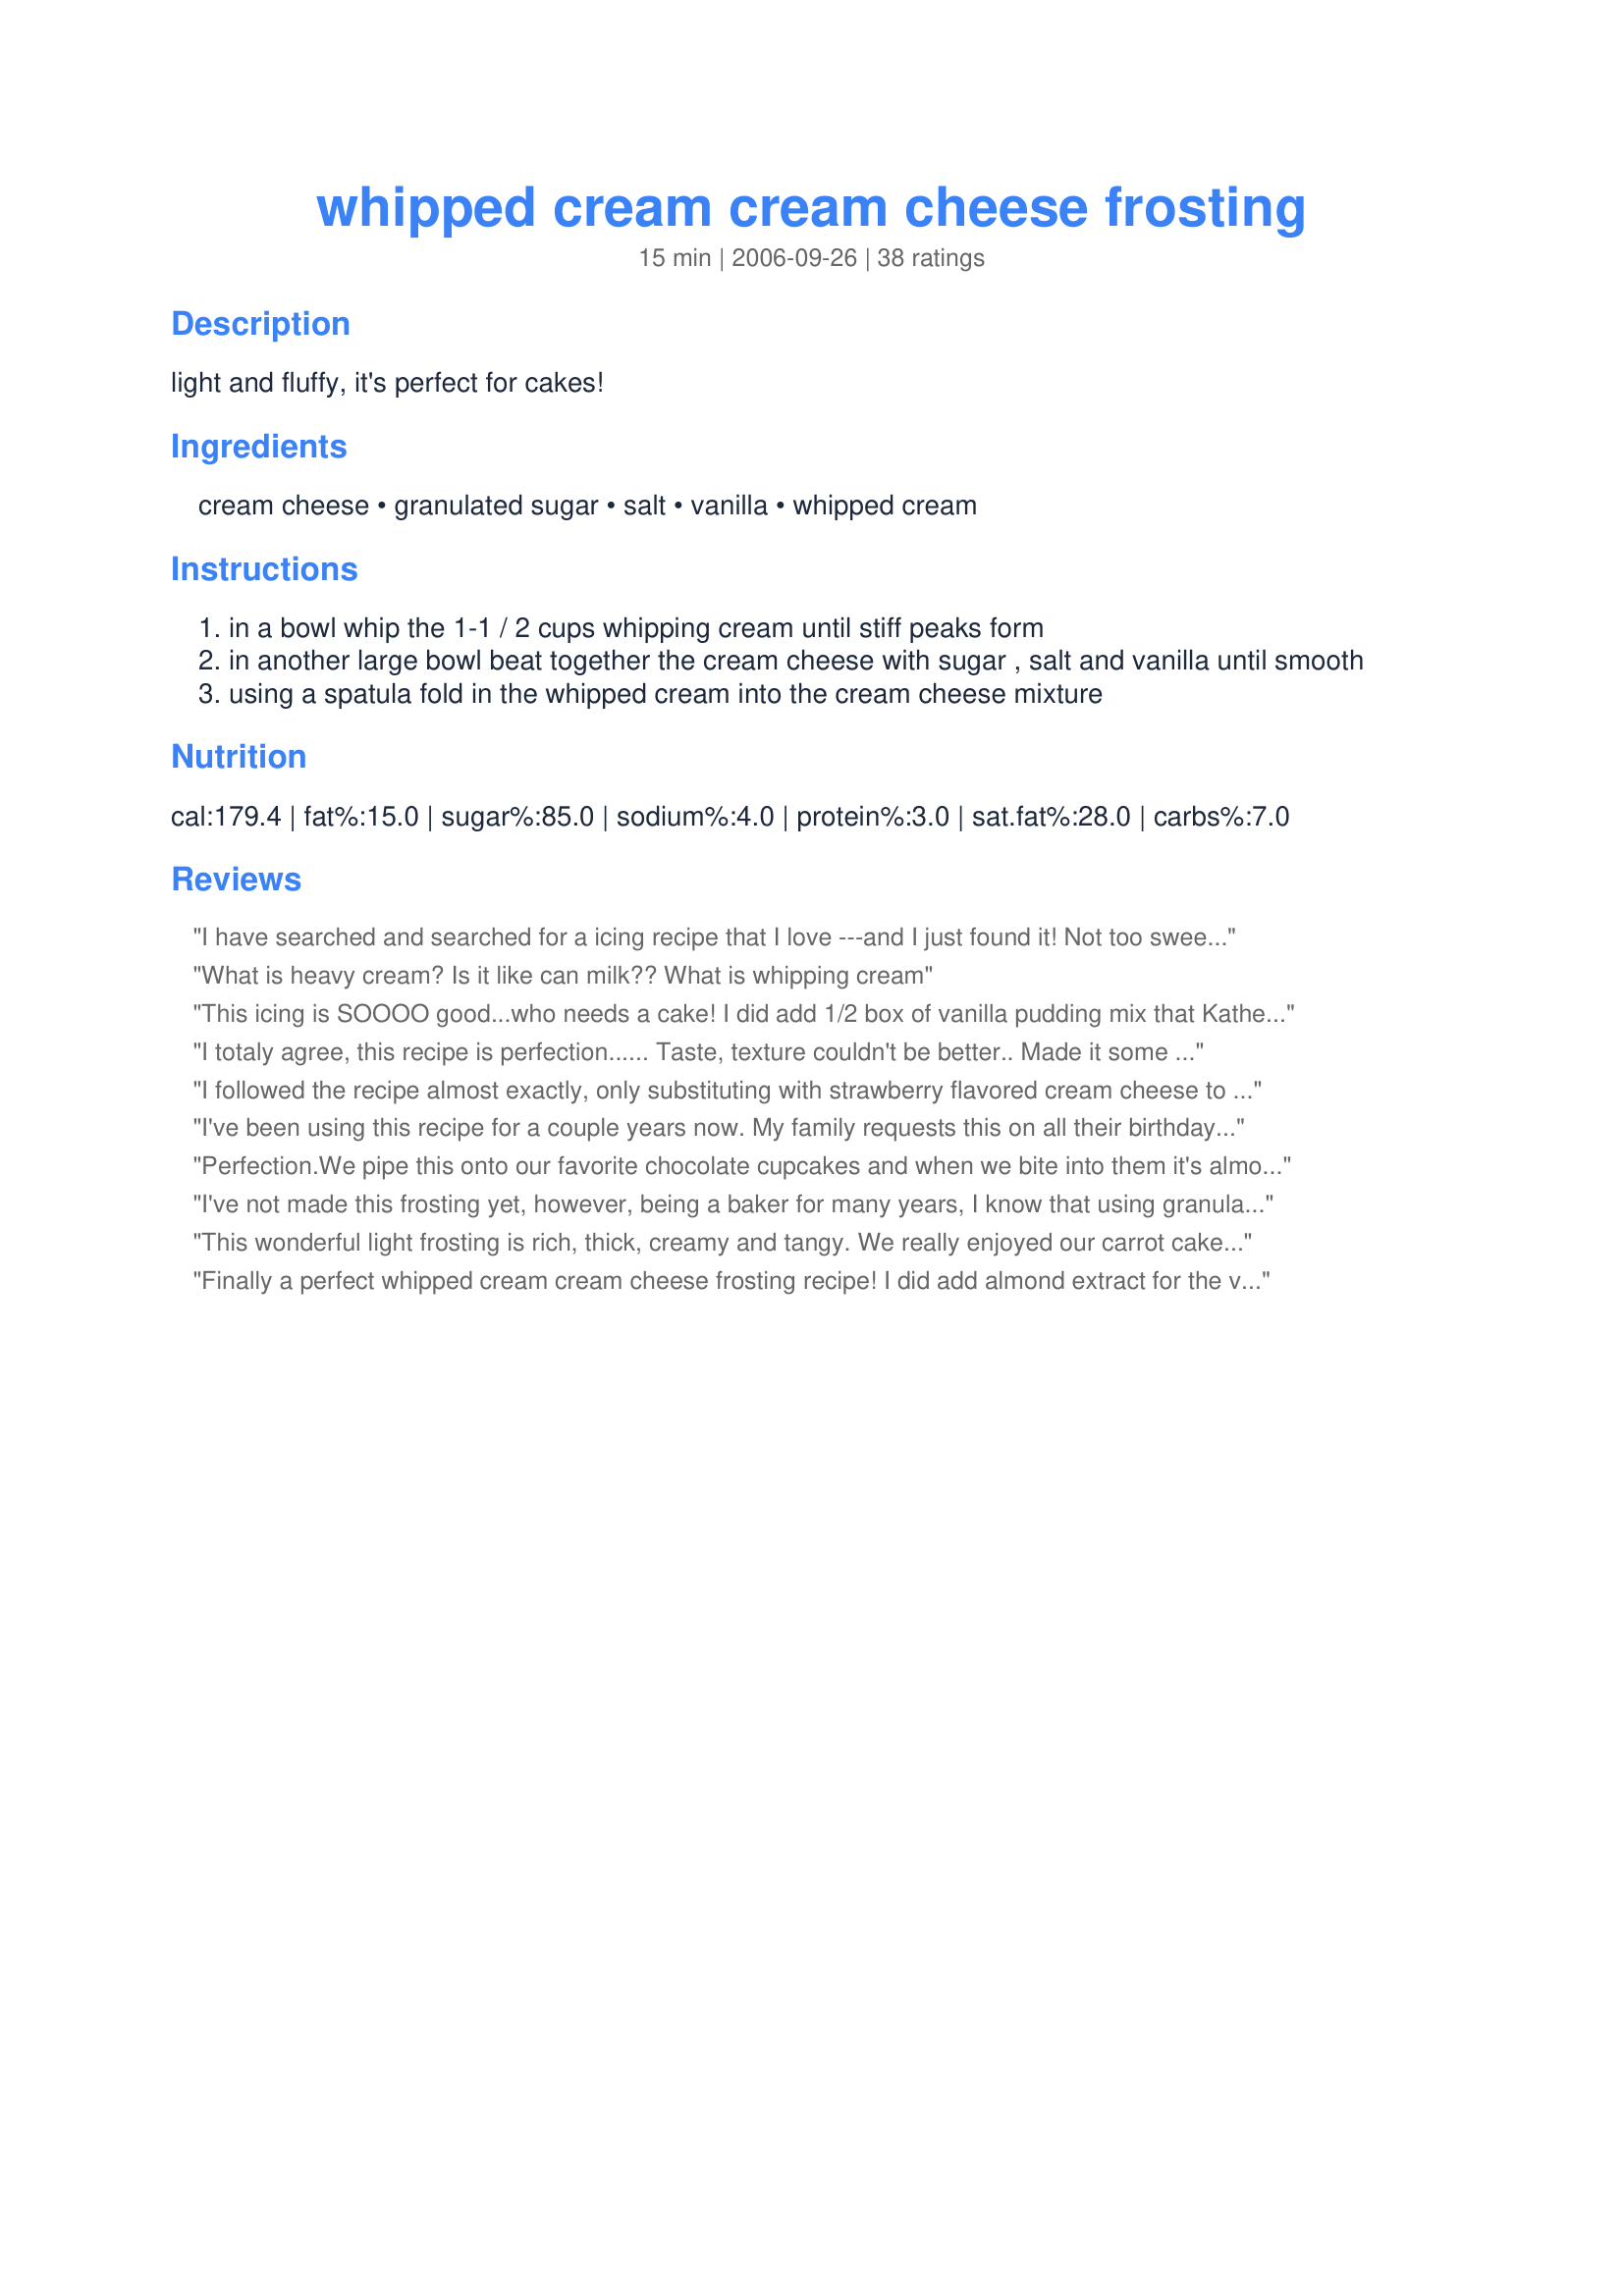
whipped cream cream cheese frosting
Preparation time: 15 minutes

light and fluffy, it's perfect for cakes!

Ingredients:
cream cheese, granulated sugar, salt, vanilla, whipped cream

Steps:
in a bowl whip the 1-1 / 2 cups whipping cream until stiff peaks form
in another large bowl beat together the cream cheese with sugar , salt and vanilla until smooth
using a spatula fold in the whipped cream into the cream cheese mixture

Reviews:
I have searched and searched for a icing recipe that I love ---and I just found it! Not too sweet, but totally decadent! The only thing I changed was I added 1/2 a package of vanilla instant pudding (3.5 oz). I found the icing was a little too soft, the pudding made it thicker and gave it a wonderful flavor. Thanks!
What is heavy cream? Is it like can milk?? What is whipping cream
This icing is SOOOO good...who needs a cake! I did add 1/2 box of vanilla pudding mix that Katherine's #1 fan suggested....Great suggestion. This icing goes perfect on the Fantabulous Carrot cake.
I totaly agree, this recipe is perfection...... Taste, texture couldn't be better.. Made it some time ago, thought I had reviewed it, however it seems I didn't. DH really enjoyed it; said just the perfect. sweetness. Making it again tomorrow. <br/>So glad you shared it kitten.
I followed the recipe almost exactly, only substituting with strawberry flavored cream cheese to top a red velvet (from mix) cake. What a crowd pleaser! The frosting came out a pretty, pale pink that was beautiful on the deep red cake. I will use this recipe often. I think I will try the pineapple cream cheese next!
I've been using this recipe for a couple years now. My family requests this on all their birthday cakes. I've never had any problems, it is a super easy recipe. We love it, it is light and fluffy and not too sweet.
Perfection.<br/>We pipe this onto our favorite chocolate cupcakes <br/>and when we bite into them it's almost too good to be true.
I've not made this frosting yet, however, being a baker for many years, I know that using granulated sugar would make it taste very gritty, so maybe that should be corrected for those beginner bakers who aren't as knowledgeable about baking. I say this respectfully to you.
This wonderful light frosting is rich, thick, creamy and tangy. We really enjoyed our carrot cake frosted with it, it was very very tasty. Next time, I will try it on a spice cake, I think it will work equally well. Thanks for sharing your recipe Kitten.
Finally a perfect whipped cream cream cheese frosting recipe! I did add almond extract for the vanilla and I added the zest of a large orange to the cream cheese mixture. When I finally was able to pull the beater away from my mouth I put the yummy frosting on top of my orange zucchini cake.....RockChalkChick's Recipe #242219, #242219. It's just what my cake needed! This frosting, especially with the orange zest, would be perfection on a bagel or waffles. Thanks for sharing!
I'm baking a chocolate cake, and raspberry filling. I thought a cream cheese frosting would be great for cake and so glad I found this recipe. So, I will be trying this and from the reviews, I don't think I'll be disappointed. :-)
i love to bake. I have tried to make lemon meringue pie 2 X and each time my lemon curd comes out runny what am i doing wrong? can anyone help me?
I have made this frosting a few times now and every time it turns out wonderful, with granulated sugar. It holds up well to rosettes or any other technique you want to use. If yours turns out to soft perhaps you did not whip the heavy cream enough, just a thought. Love it !
This is the same recipe I use. Quick, easy, and very good.
I am new to this site and new to baking - so bear with me guys! I love this recipe. I tried it a few times and each time it was a hit. Today, I decided to try something new. I did the recipe exactly as stated, however, I added two tablespoons of creamy peanut butter while mixing the cream cheese mixture. It has a nice different twist. Give it a try - and Kudos to the person that made that recipe public. Thank you!
Super yummy! Kids devoured it on vanilla cupcakes. TFS!
Made this for a marble birthday cake. It was amazing! Perfectly fluffy with a light cream cheese deliciousness!
The perfect, light, not-too-sweet, not too cream-cheesy frosting! I did exactly as directed. I can see using almond extract but don't know why anyone would want to add vanilla pudding mix to such a great frosting. Thank you for sharing!
Light, fluffy and delicious! Used this on Lemonade Cupcakes with yellow food coloring. Thank you for sharing!
So... I'm trying to come up with something dairy free and less sugar and I was going to try lactose free cream cheese and cocowhip... Coco whip comes prewhipped and sweetened ... Any chance you think this might work without the sugar added?
this was an absolute fail for me..Twice!! I figured the first time around i did something wrong, so i tried again and it was just very bad. if anything i highly suggest using powdered sugar over granulated because if you use granulated it's like eating sweet sand
light and delicious
Has anyone tried powdered sugar
Oh my! I've made cream cheese icing before but this was the best. Slightly less sweet than other recipes and my fave part is that is was fluffy! Some people like the creamier type frosting but ohhhh, the fluffier the better in my opinion. This tasted lovely on a carrot cake I made last night. Thanks!
Is this frosting substantial enough to do large rosettes on a three layer ombr&eacute; cake? I'd love to not use super sweet buttercream.
excuse me, is it enough for me to cover 16 cm, 18 cm, or 20 cm ROUND cake? i wish you could help me thanks
This turned out amazing! I used 6oz of cream cheese and 1 cup heavy whipping cream. I didn't measure the powdered sugar that I used, just went by taste. A pinch of salt and 1 teaspoon of vanilla. I whipped the cream and put it in the fridge while I did the cream cheese mixture. I folded the whip cream into cheese mixture and spread it on a tres leche cake. Simply marvelous! Thanks for a gr8 recipe!! :)
I was looking for a different frosting for my Red Velvet cupcakes and this one is a sure winner! I did cut the sugar in half as I don&#039;t like using so much. I cut the sugar to a 1/2 cup.

When it came time to incorporate the sugar, cream cheese, vanilla mixture into the prepared whipped cream, it wouldn&#039;t incorporate so matter how I folded it. At this point, I dumped it back into the mixture and whipped it for around 30 seconds and it fixed it just fine. Might be the cream cheese wasn&#039;t soft enough initially which would be my fault since I was a tad impatient. None the less, its a fabulous recipe that I can see using for a variety of desserts. Next time, I plan on cutting the sugar a tad bit more. Hubby tried a cupcake and he isn&#039;t found of sweets but he raved about it, that alone tells me its a winner!
I used a blue agave nectar instead of sugar and it turned out great
I love it I made it for our carrot cake it was so good my left over frosting I'm going to use it with fresh strawberries
Now you know my secret to perfect cakes. This frosting recipe has been my go-to since high school. Usually I just make guesses about the measurements because I never feel like searching for the recipe (and more or less have it memorized) but this recipe turned out perfectly. Just be sure to follow the steps and really cream the cream cheese and ALWAYS add the sugar, salt and vanilla to the cream cheese not the whipped cream. If you don't do that you can end up with a runny frosting, and no one wants that.
Enjoyed this on some red velvet cake. Yummy!
I just made this frosting, following the directions exactly and it is the absolute best frosting I have ever tasted. My family went crazy for it. Definitely my go to only frosting from here on out.
As with all Kittens recipe, this one was great. I needed a cream cheese frosting for my recipe for carrot cake and liked the idea of the whipped cream in it. Creamy and good and not to sweet, perfect. It was a not a bit gritty, but was a little difficult for me to decorate with (a little to soft) thinking next time I might try and add some extra powdered sugar to just thicken it a bit. But perfect as it stands if you aren't trying for a lot of flowers or swirls
Super easy and fast. Loved by all. This can be spread or piped. I put it on a pan of brownies. Excellent coverage and consistency.
Sorry - the directions above lists &quot;granulated sugar&quot; but the comment below says she used powdered sugar...which is correct?
Absolutely the perfectly light fluffy texture for cakes with the perfect amount of cream cheese taste that is not overpowering! It also holds up extremely well over a period of time, and easy to decorate with. A definite keeper and crowd pleaser! )As shown in the pic, my first attempt at decorating a red velvet cake using a ziplock bag and decorating star tip.) Thank you!
Yummo! This wasn&#039;t substantial enough (thick) to pile high, but it will def be my new go-to when I don&#039;t need to build pillows of clouds :) Thanks so much for this, made my son&#039;s entire football team lick their fingers totally clean!
